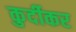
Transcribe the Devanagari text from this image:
कुर्दीकर